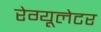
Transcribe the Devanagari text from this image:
रेग्यूलेटर